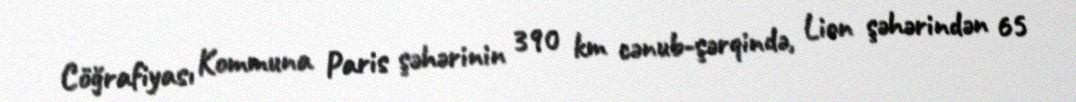
Cöğrafiyası Kommuna Paris şəhərinin 390 km cənub-şərqində, Lion şəhərindən 65